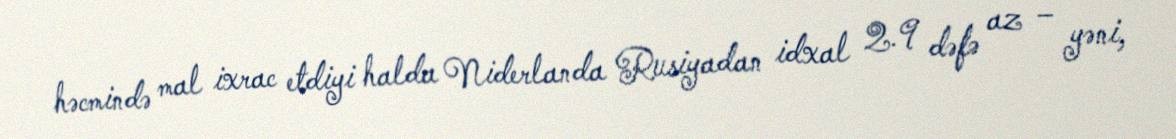
həcmində mal ixrac etdiyi halda Niderlanda Rusiyadan idxal 2.9 dəfə az – yəni,